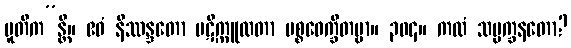
ပူတိက”န္တိ။ ဧဝံ နိဿန္ဒတော ပဋိက္ကူလတာ ပစ္စဝေက္ခိတဗ္ဗာ။ ၃၀၄။ ကထံ သမ္မက္ခနတော?